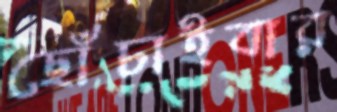
ছোঁচাইবার